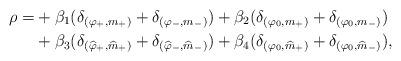
LaTeX: \begin{align*}\rho = & + \beta_1(\delta_{(\varphi_+,m_+)}+\delta_{(\varphi_-,m_-)} )+\beta_2(\delta_{(\varphi_0,m_+)} + \delta_{(\varphi_0,m_-)}) \\& + \beta_3(\delta_{(\widehat \varphi_+,\widehat{m}_+)}+\delta_{(\widehat \varphi_-,\widehat{m}_-)}) + \beta_4(\delta_{(\varphi_0,\widehat{m}_+)} +\delta_{(\varphi_0,\widehat{m}_-)}),\end{align*}